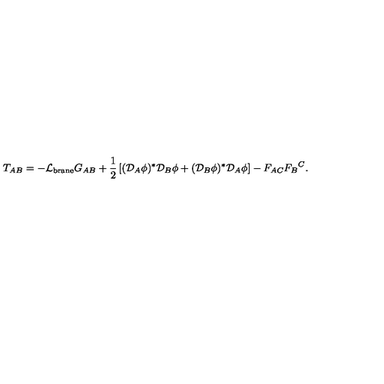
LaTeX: T _ { A B } = - { \cal L } _ { \mathrm { b r a n e } } G _ { A B } + \frac { 1 } { 2 } \left[ ( { \cal D } _ { A } \phi ) ^ { * } { \cal D } _ { B } \phi + ( { \cal D } _ { B } \phi ) ^ { * } { \cal D } _ { A } \phi \right] - F _ { A C } { F _ { B } } ^ { C } .